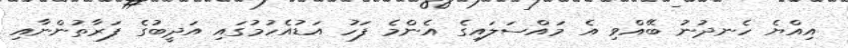
އިއްޔެ ހެނދުނު ބޭއްވި އެ މައްސަލައިގެ އެންމެ ފަހު އަޑުއެހުމުގައި އަދީބުގެ ފަރާތުންނާއި